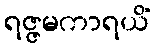
ရဇ္ဇမကာရယိံ